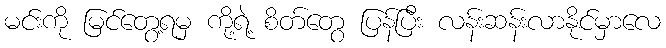
မင်းကို မြင်တွေ့ရမှ ကို့ရဲ့ စိတ်တွေ ပြန်ပြီး လန်းဆန်းလာနိုင်မှာလေ